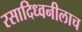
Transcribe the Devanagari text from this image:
रसादिध्वनीलाच